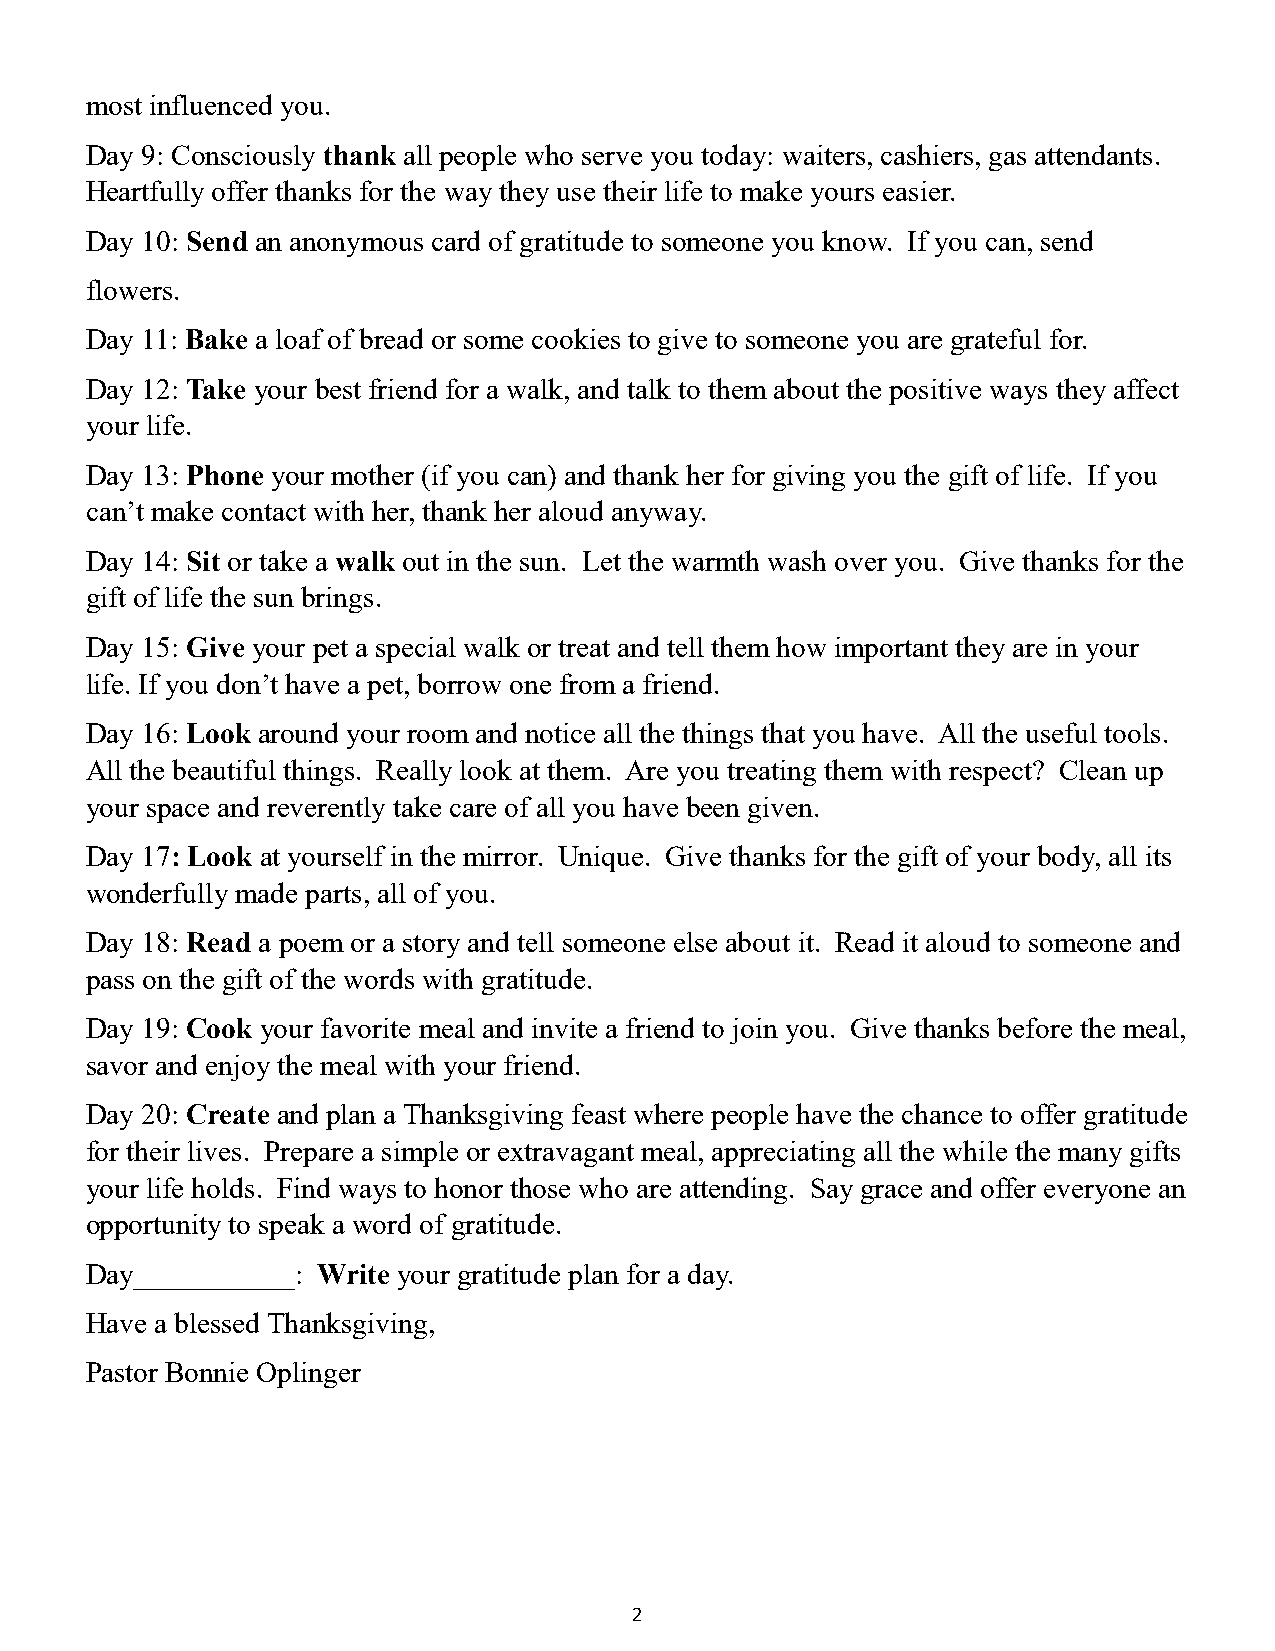
most influenced you.
 Day 9: Consciously thank all people who serve you today: waiters, cashiers, gas attendants.
 Heartfully offer thanks for the way they use their life to make yours easier.
 Day 10: Send an anonymous card of gratitude to someone you know. If you can, send
 flowers.
 Day 11: Bake a loaf of bread or some cookies to give to someone you are grateful for.
 Day 12: Take your best friend for a walk, and talk to them about the positive ways they affect
 your life.
 Day 13: Phone your mother (if you can) and thank her for giving you the gift of life. If you
 can’t make contact with her, thank her aloud anyway.
 Day 14: Sit or take a walk out in the sun. Let the warmth wash over you. Give thanks for the
 gift of life the sun brings.
 Day 15: Give your pet a special walk or treat and tell them how important they are in your
 life. If you don’t have a pet, borrow one from a friend.
 Day 16: Look around your room and notice all the things that you have. All the useful tools.
 All the beautiful things. Really look at them. Are you treating them with respect? Clean up
 your space and reverently take care of all you have been given.
 Day 17: Look at yourself in the mirror. Unique. Give thanks for the gift of your body, all its
 wonderfully made parts, all of you.
 Day 18: Read a poem or a story and tell someone else about it. Read it aloud to someone and
 pass on the gift of the words with gratitude.
 Day 19: Cook your favorite meal and invite a friend to join you. Give thanks before the meal,
 savor and enjoy the meal with your friend.
 Day 20: Create and plan a Thanksgiving feast where people have the chance to offer gratitude
 for their lives. Prepare a simple or extravagant meal, appreciating all the while the many gifts
 your life holds. Find ways to honor those who are attending. Say grace and offer everyone an
 opportunity to speak a word of gratitude.
 Day___________: Write your gratitude plan for a day.
 Have a blessed Thanksgiving,
 Pastor Bonnie Oplinger
 2